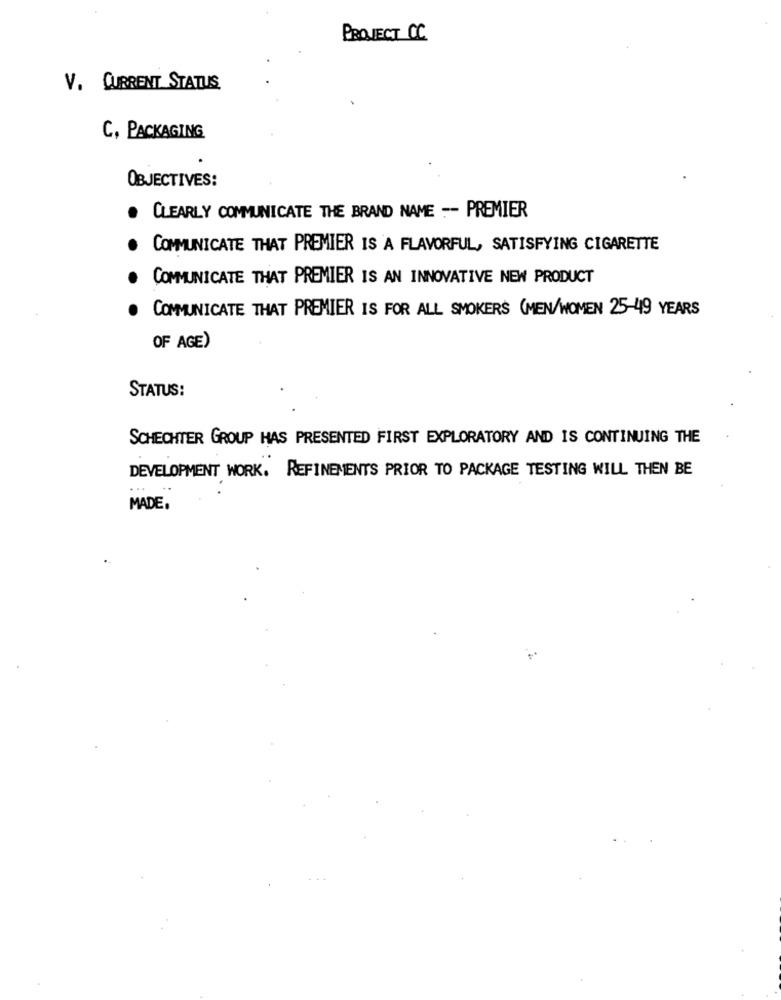
PROJECT CC
V. CURRENT STATUS,
C, PACKAGING
OBJECTIVES:
. CLEARLY COMMUNICATE THE BRAND NAME -- PREMIER
COMMUNICATE THAT PREMIER IS A FLAVORFUL, SATISFYING CIGARETTE
COMMUNICATE THAT PREMIER IS AN INNOVATIVE NEW PRODUCT
COMMUNICATE THAT PREMIER IS FOR ALL SMOKERS (MEN/WOMEN 25-49 YEARS
OF AGE)
STATUS:
SCHECHTER GROUP HAS PRESENTED FIRST EXPLORATORY AND IS CONTINUING THE
DEVELOPMENT WORK. REFINEMENTS PRIOR TO PACKAGE TESTING WILL THEN BE
MADE .